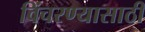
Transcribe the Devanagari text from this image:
विंचरण्यासाठी